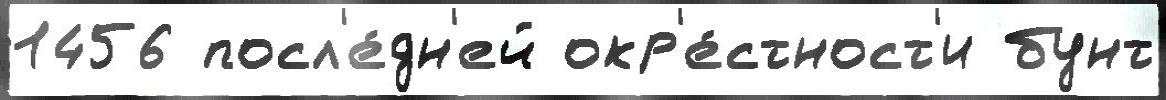
1456 посл'е́дн'ей окр'е́стност'и бунт